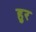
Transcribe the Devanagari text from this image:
हुर